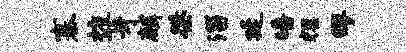
寨枋芽麟桀淄延皤耀缪